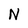
Character: N